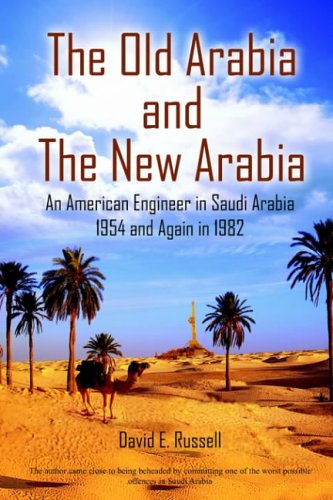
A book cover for The Old Arabia and The New Arabia: An American Engineer in Saudi Arabia 1954 and Again in 1982; David E. Russell; Travel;